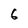
Character: 6